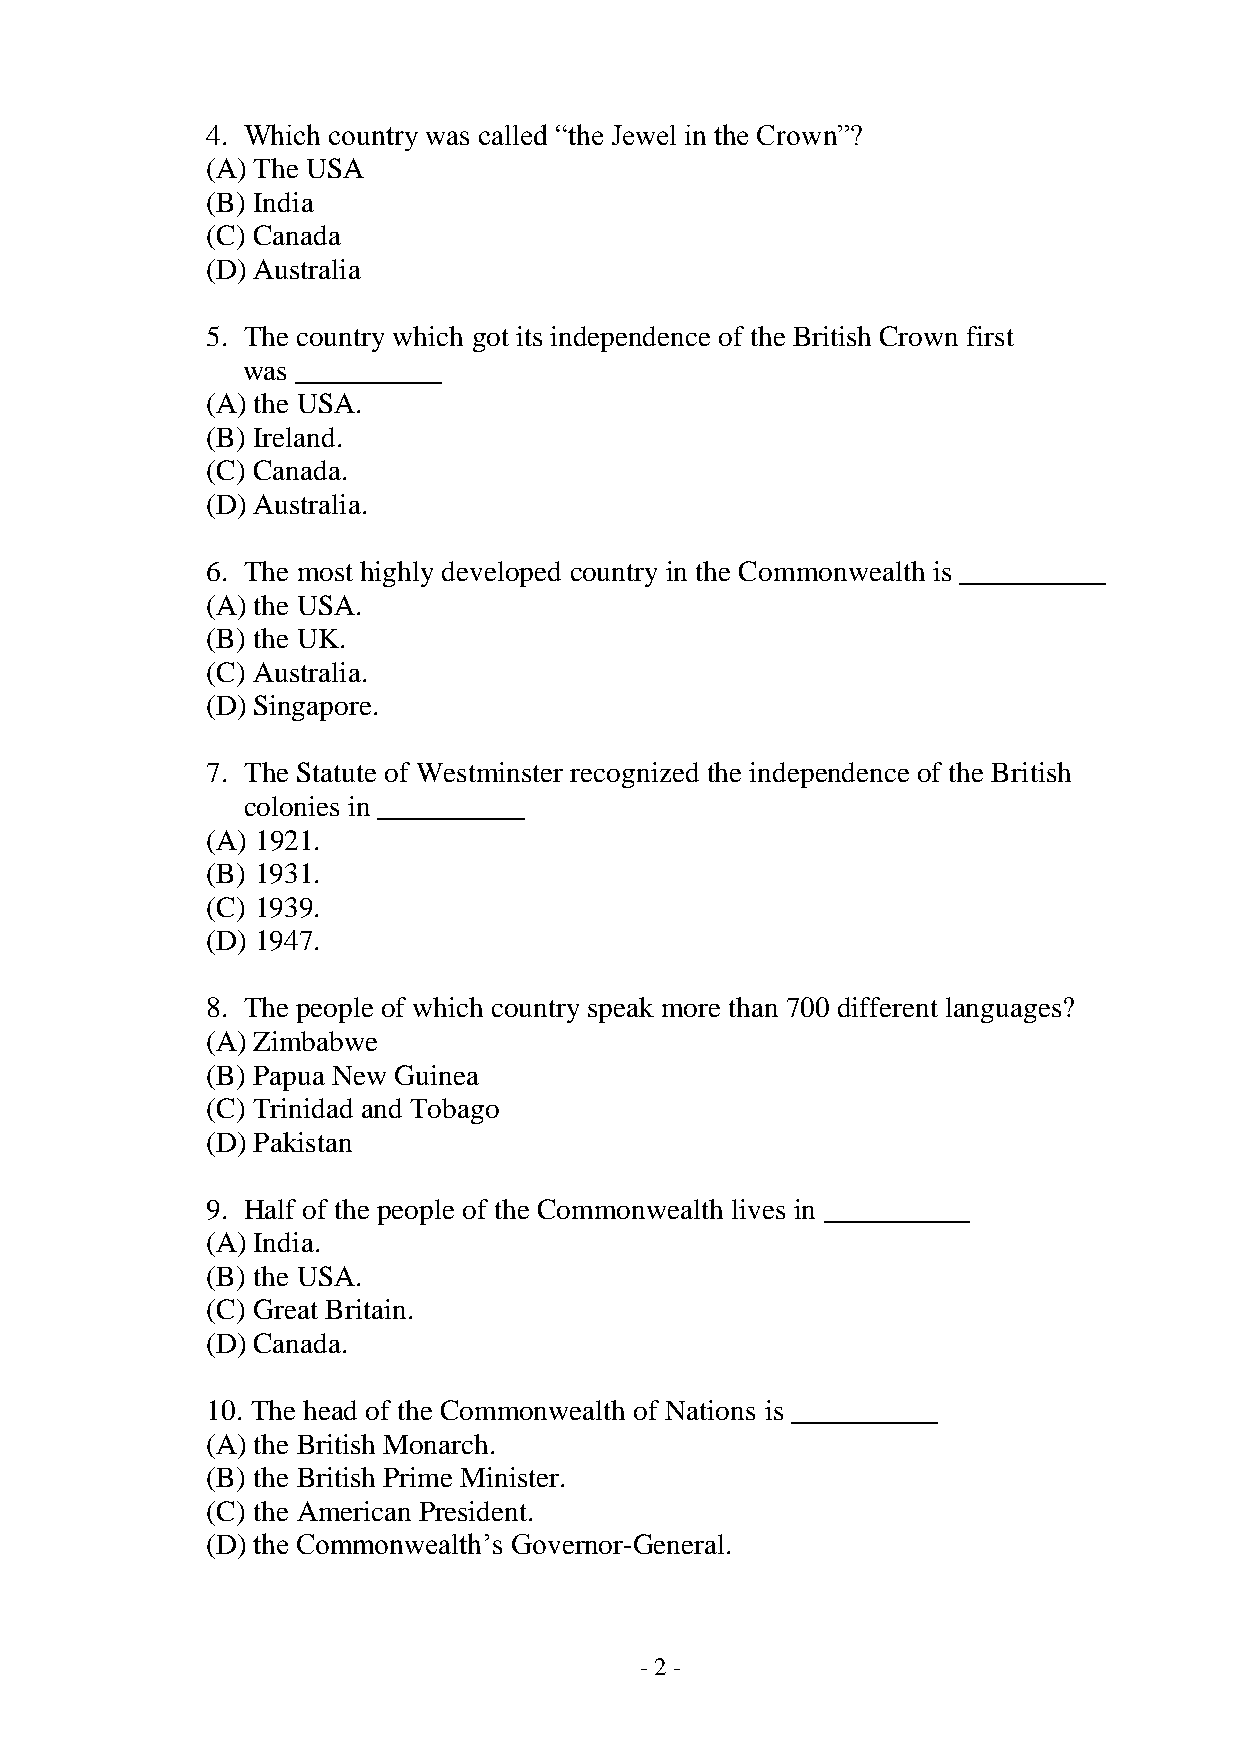
4. Which country was called “the Jewel in the Crown”?
 (A) The USA
 (B) India
 (C) Canada
 (D) Australia
 5. The country which got its independence of the British Crown first
 was __________
 (A) the USA.
 (B) Ireland.
 (C) Canada.
 (D) Australia.
 6. The most highly developed country in the Commonwealth is __________
 (A) the USA.
 (B) the UK.
 (C) Australia.
 (D) Singapore.
 7. The Statute of Westminster recognized the independence of the British
 colonies in __________
 (A) 1921.
 (B) 1931.
 (C) 1939.
 (D) 1947.
 8. The people of which country speak more than 700 different languages?
 (A) Zimbabwe
 (B) Papua New Guinea
 (C) Trinidad and Tobago
 (D) Pakistan
 9. Half of the people of the Commonwealth lives in __________
 (A) India.
 (B) the USA.
 (C) Great Britain.
 (D) Canada.
 10. The head of the Commonwealth of Nations is __________
 (A) the British Monarch.
 (B) the British Prime Minister.
 (C) the American President.
 (D) the Commonwealth’s Governor-General.
 - 2 -